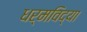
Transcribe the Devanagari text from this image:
धर्मविद्या